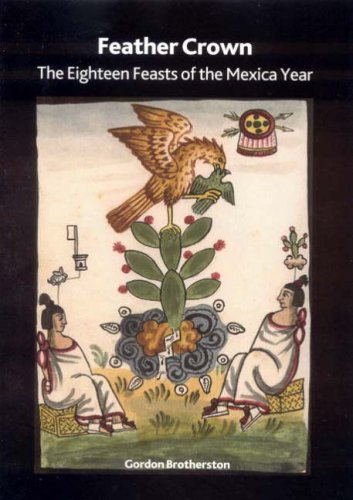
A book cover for Feather Crown: The Eighteen Feasts of the Mexica Year (British Museum Research Paper); Gordon Brotherston; History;